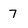
Character: 7